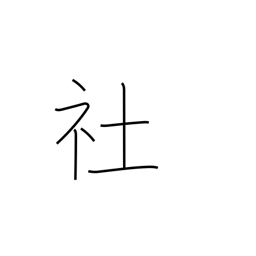
Meaning: shrine